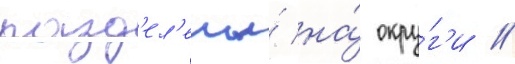
разд'ел'ены́ на́ окру́г'и //